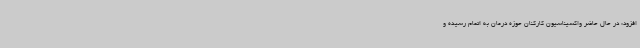
افزود: در حال حاضر واکسیناسیون کارکنان حوزه درمان به اتمام رسیده و